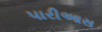
પારીઆસ